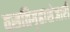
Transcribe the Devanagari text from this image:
वसतिगृहाशेजारी